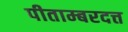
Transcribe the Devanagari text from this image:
पीताम्बरदत्त